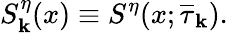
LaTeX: S_{\mathbf k}^{\eta}(x)\equiv S^{\eta}(x;\overline{{\tau}}_{\mathbf k}).